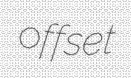
offset